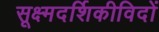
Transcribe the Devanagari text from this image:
सूक्ष्मदर्शिकीविदों